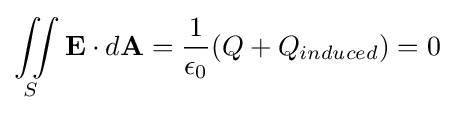
\iint \limits _{S}\mathbf {E} \cdot d\mathbf {A} ={\frac {1}{\epsilon _{0}}}(Q+Q_{induced})=0